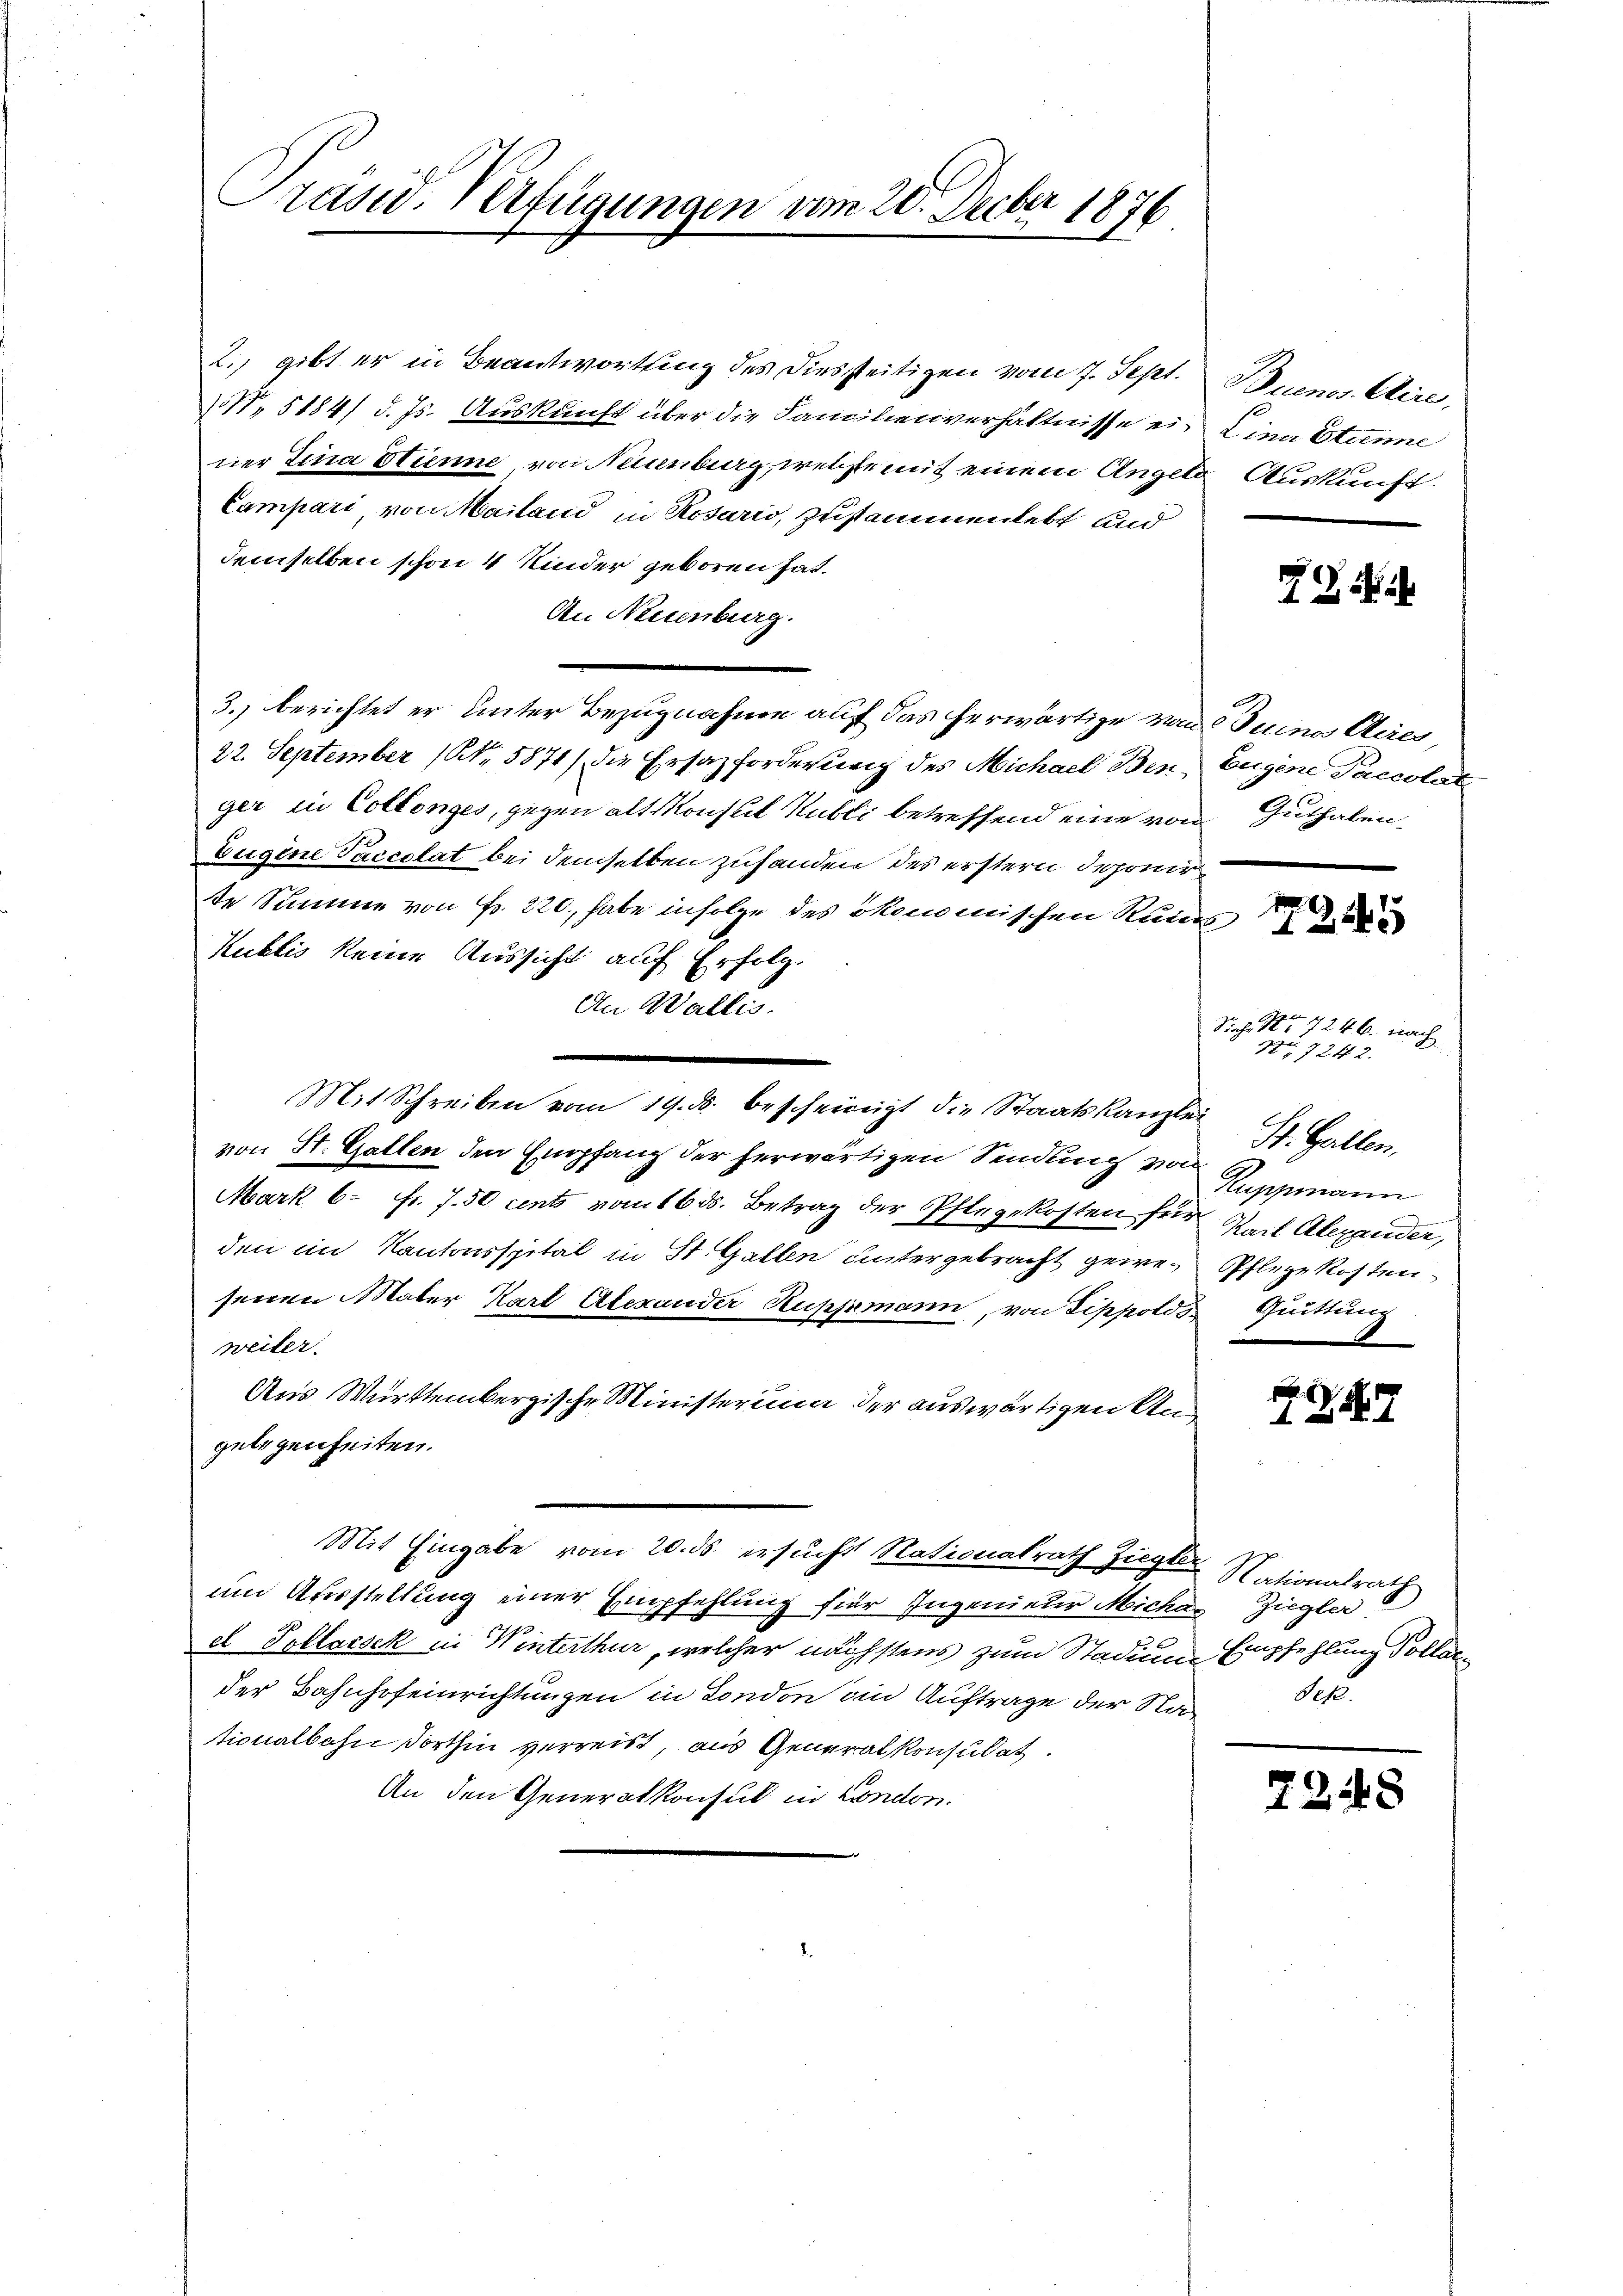
Präsid. Verfügungen vom 20. Decber 1876

2., gibt er in Beantwortung des diesseitigen vom 7. Sept. Buenos Aire,
NNo. 5184/ d. Js. Auskunft über die Familienverhältnisse ein Lina Etienne
ner Lina Stienne, von Neuenburg, welche mit einem Angel Auskunft¬
Campari, von Mailand in Rosario, zusammenlebt und
demselben schon 4 Kinder geboren hat.
An Neuenburg.
3. berichtet er unter Bezugnahme auf das herwärtige von Juino dies
22. September (N. 5871/ die Ersazforderung des Michael Ben, Eugene Paccolat
ger in Collonges, gegen alt Monseil Kubli betreffend eine von Guthaben
Eugene Paccolat bei demselben zuhanden des erstern Deponir
te Summe von Fr. 220, habe infolge des ökonomischen Ruins
Kublis keine Aussicht auf Erfolg.
An Wallis.
Mit Schreiben vom 19. ds. bescheinigt die Staatskanzlei
von St. Gallen den Empfang der herwärtigen Sendung von
Mark 6. Fr. 7.50 cents vom 16. ds. Betrag der Pflegekosten für Nach Alexander,
den im Kantonsspital in St. Gallen untergebracht gewe-Pflege Kostensenen Maler Kart Alexander Ruppmann, von Sippolds Quittung
weiter.
Aus Württembergische Ministerium der auswärtigen Un
gelegenheiten.
Mit Eingabe vom 20. ds. ersucht Nationalrath Ziegler Nationalrath
um Ausstellung einer Empfehlung für Ingenieder Michas Ziegler
el Pollacsek in Winterthur, welcher nächstens zum Stadium Empfehlung Pollar
der Bahnhofeinrichtungen in London im Auftrage der Stationalbahn, dorthin verreist, aus Generalkonsulat
An den Generalkonsul in London.

Siche Nr. 7246. nach
No 724 2.
St. Gallen.
Ruppinarin

)
17

d

7248